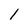
Character: 1